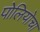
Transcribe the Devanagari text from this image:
पोलियोचा